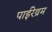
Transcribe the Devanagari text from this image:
पाईरेथ्रम